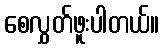
စေလွှတ်ဖူးပါတယ်။